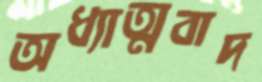
অধ্যাত্মবাদ